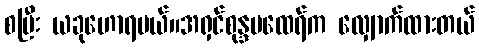
စပြီး ယခုဟောရမယ်။အရှင်စုန္ဒမထေရ်က လျှောက်ထားတယ်